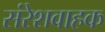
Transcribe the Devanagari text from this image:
संरेशवाहक